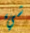
شيء